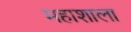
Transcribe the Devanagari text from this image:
महाशाला